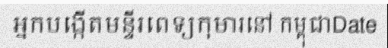
អ្នកបង្កើតមន្ទីរពេទ្យកុមារនៅ កម្ពុជាDate